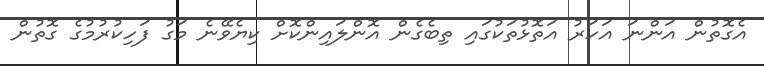
އެގޮތުން އަންނަ އަހަރު އަތޮޅުތަކުގައި ތިބެގެން އޮންލައިންކޮށް ކިޔެވޭނެ މަގު ފަހިކުރުމުގެ ގޮތުން